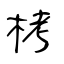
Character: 栲